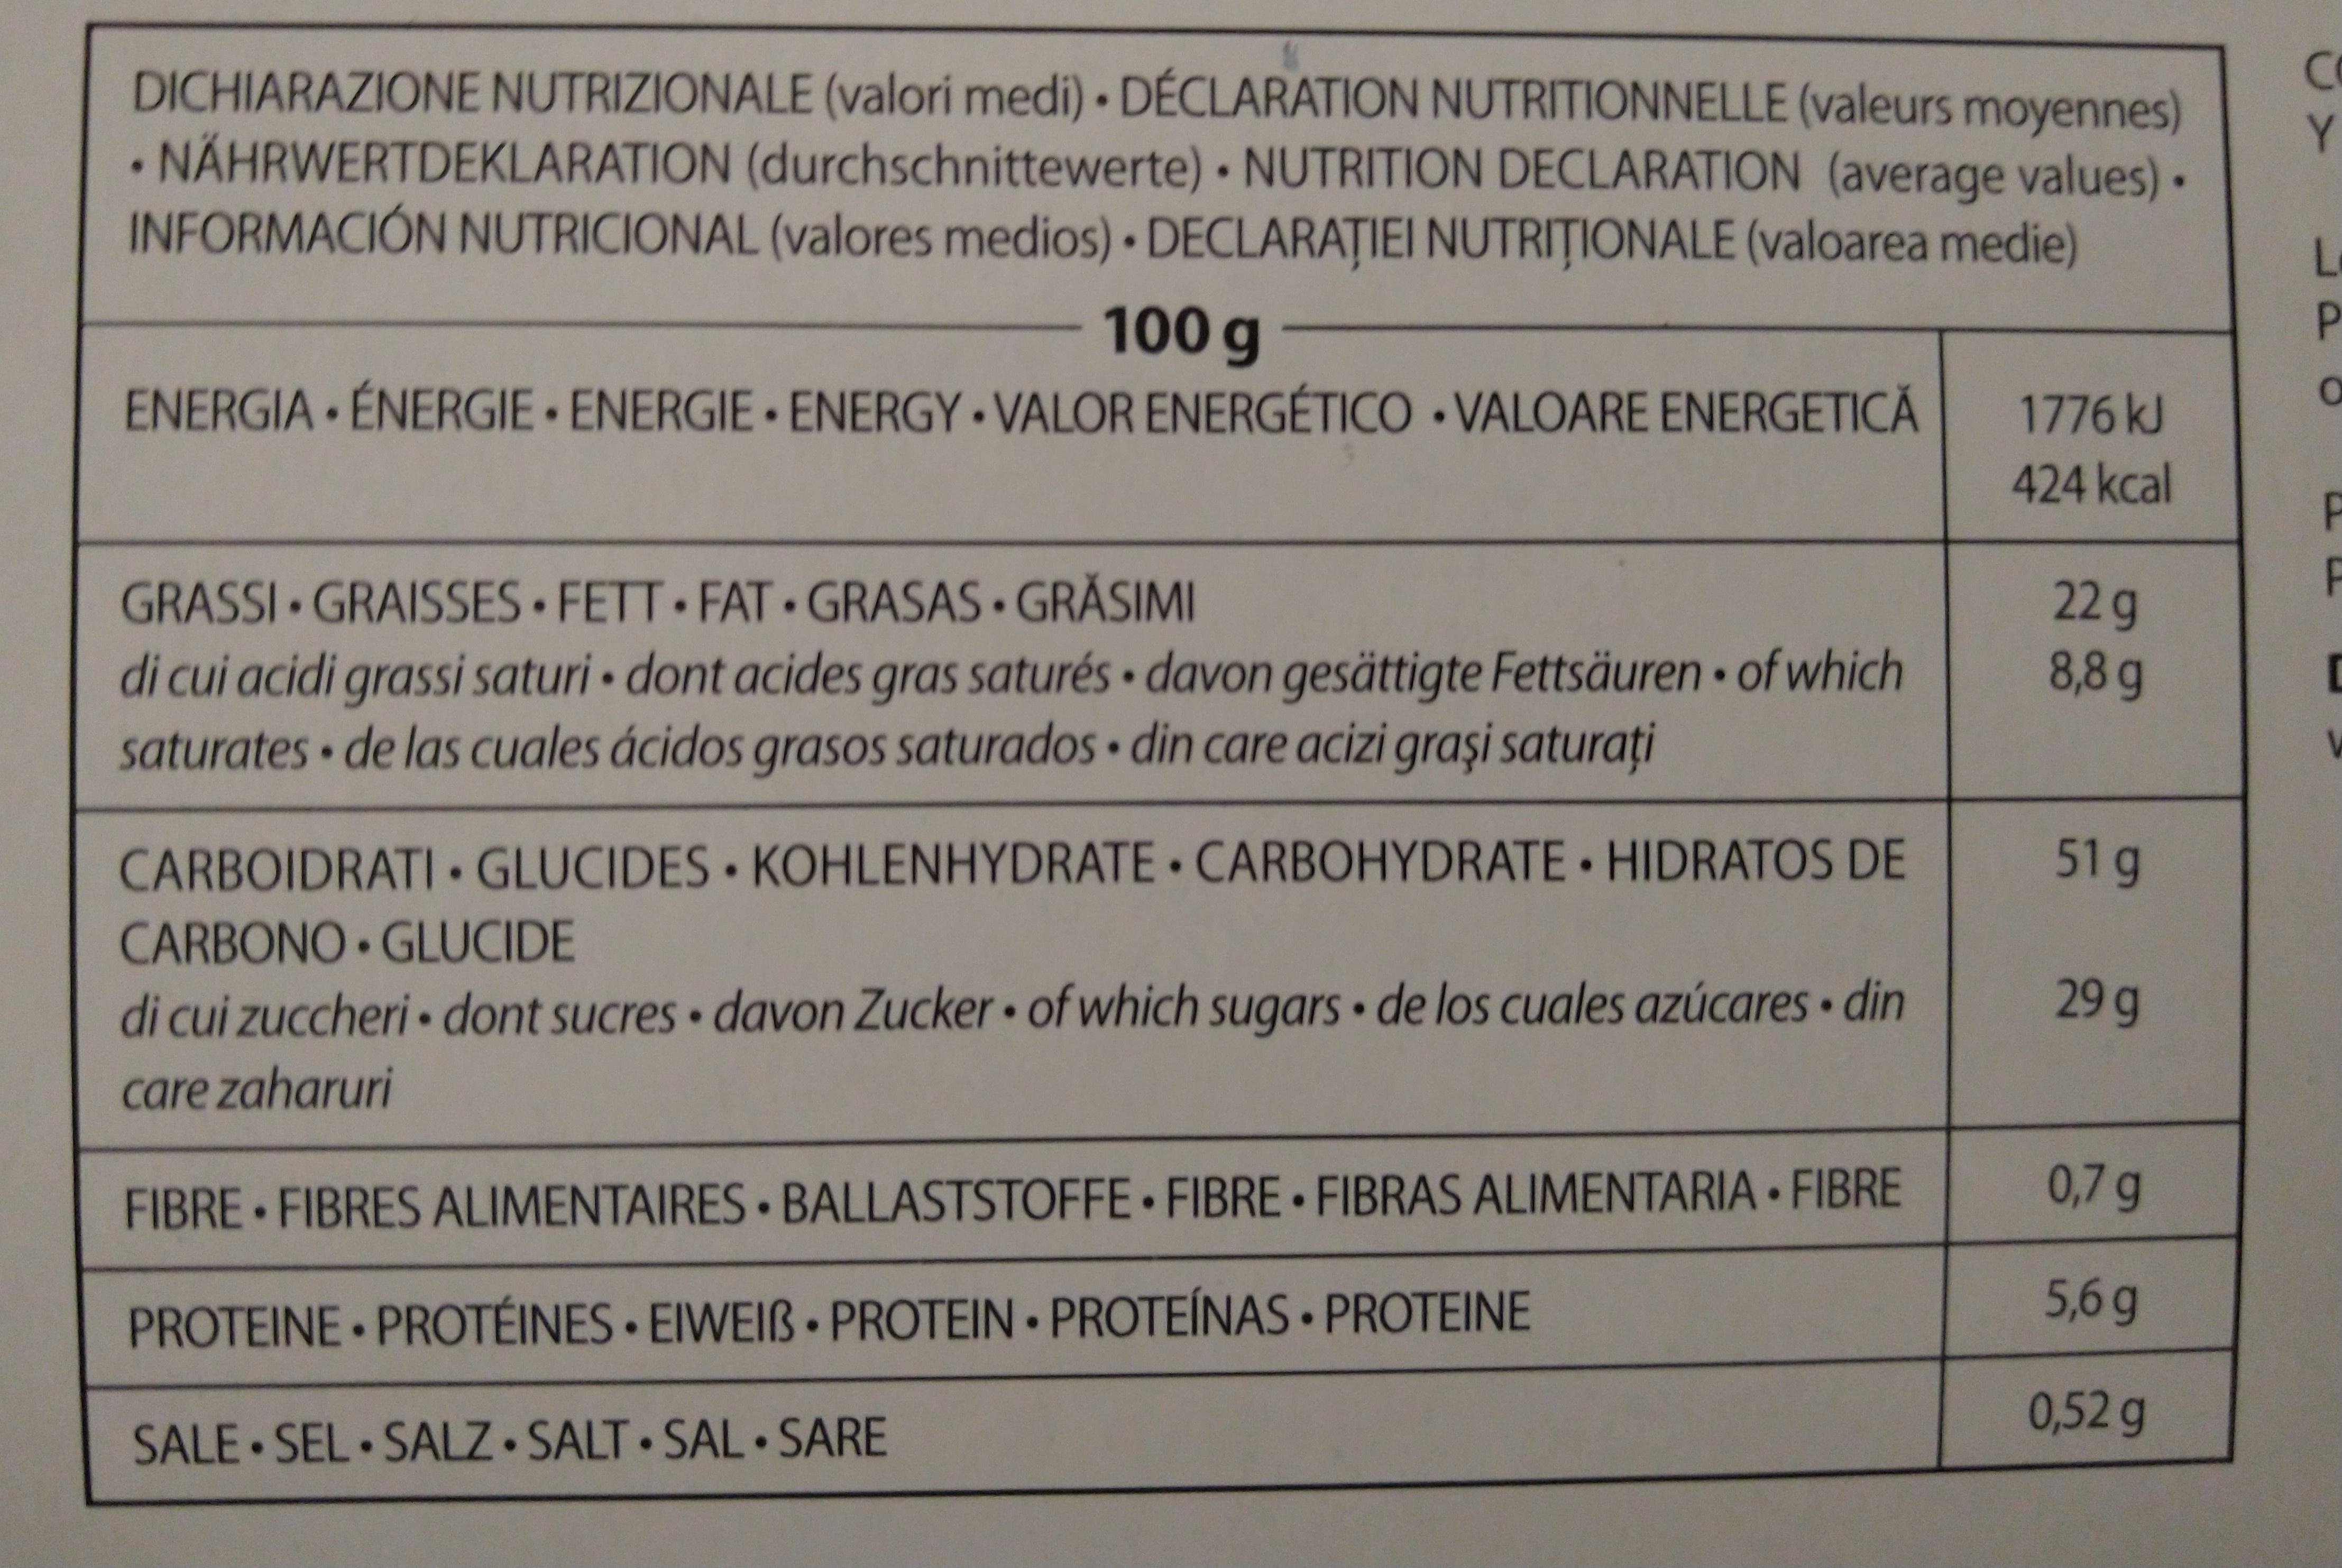
Co DICHIARAZIONE NUTRIZIONALE (valori medi) DÉCLARATION NUTRITIONNELLE (valeurs moyennes) Y. • NÄHRWERTDEKLARATION (durchschnittewerte) - NUTRITION DECLARATION (average values). INFORMACIÓN NUTRICIONAL (valores medios) DECLARAȚIEI NUTRIȚIONALE (valoarea medie) P. 100 g ENERGIA ÉNERGIE ENERGIE ENERGY • VALOR ENERGÉTICO • VALOARE ENERGETICĂ 1776 kJ 424kcal GRASSI GRAISSES FETT FAT - GRASAS GRĂSIMI di cui acidi grassi saturi dont acides gras saturés davon gesättigte Fettsäuren of which saturates de las cuales ácidos grasos saturados din care acizi grași saturați 22g 8,8g CARBOIDRATI GLUCIDES KOHLENHYDRATE CARBOHYDRATE • HIDRATOS DE 51g CARBONO GLUCIDE di cui zuccheri dont sucres davon Zucker of which sugars de los cuales azúcares din 29g care zaharuri FIBRE - FIBRES ALIMENTAIRES BALLASTSTOFFE FIBRE FIBRAS ALIMENTARIA FIBRE 0,7 g PROTEINE - PROTÉINES • EIWEIB• PROTEIN • PROTEÍNAS • PROTEINE 5,6g 0,52g SALE - SEL - SALZ SALT SAL SARE